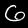
Digit: 6